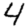
Digit: 4